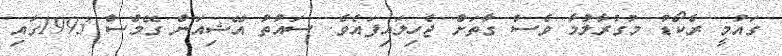
ގައުމީ ރެކޯޑު މުގުރާލުމާ ވެސް ގާތަށް ޖެހިލައިފައެވެ. ސައުތު އޭޝިއަން ގޭމްސް 1993ގައި